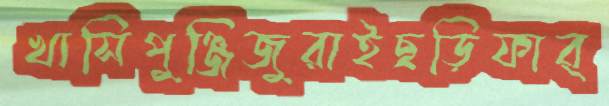
খাসিপুঞ্জিজুরাইছড়িফার্